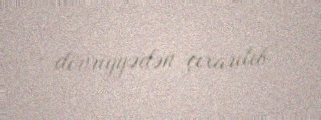
dövriyyədən çıxarılıb.